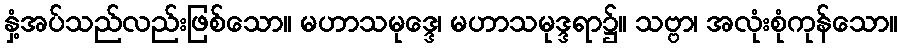
နှံ့အပ်သည်လည်းဖြစ်သော။ မဟာသမုဒ္ဒေ၊ မဟာသမုဒ္ဒရာ၌။ သဗ္ဗာ၊ အလုံးစုံကုန်သော။